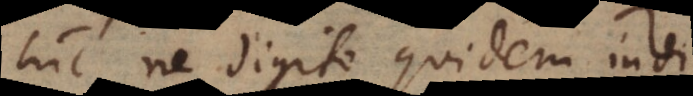
hic ne digito quidem indi